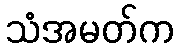
သံအမတ်က